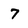
Character: 7